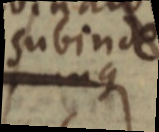
subinde